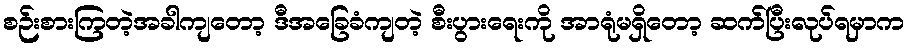
စဉ်းစားကြတဲ့အခါကျတော့ ဒီအခြေခံကျတဲ့ စီးပွားရေးကို အာရုံမရှိတော့ ဆက်ပြီးလုပ်ရမှာက